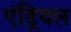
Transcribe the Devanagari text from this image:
एंड्रियल